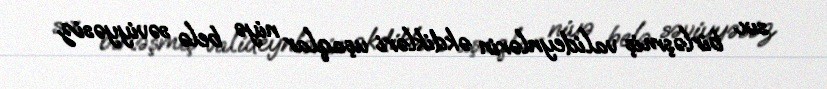
sıx birləşmiş valideynlərin əkdikləri uşaqlar niyə belə səviyyəsiz